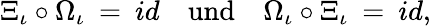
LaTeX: \Xi_{\iota}\circ\Omega_{\iota}\: =\: id\quad\mathrm{und}\quad\Omega_{\iota}\circ\Xi_{\iota}\: =\: id,